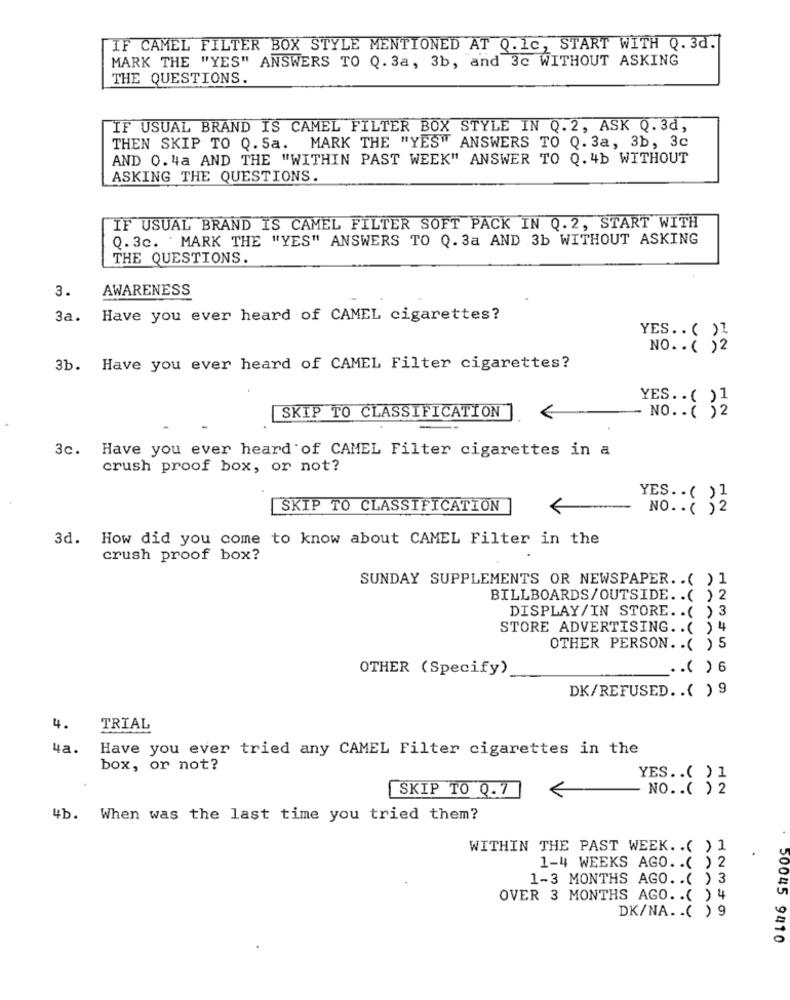
IF CAMEL FILTER BOX STYLE MENTIONED AT Q.1c, START WITH Q. 3d.
MARK THE "YES" ANSWERS TO Q. 3a, 3b, and 3c WITHOUT ASKING
THE QUESTIONS.
IF USUAL BRAND IS CAMEL FILTER BOX STYLE IN Q.2, ASK Q.3d,
THEN SKIP TO Q. Sa. MARK THE "YES" ANSWERS TO Q. 3a, 3b, 3c
AND 0.4a AND THE "WITHIN PAST WEEK" ANSWER TO Q. 4b WITHOUT
ASKING THE QUESTIONS.
IF USUAL BRAND IS CAMEL FILTER SOFT PACK IN Q.2, START WITH
Q.3c. ' MARK THE "YES" ANSWERS TO Q.3a AND 3b WITHOUT ASKING
THE QUESTIONS.
3.
AWARENESS
3a.
Have you ever heard of CAMEL cigarettes?
YES .. ( )
NO. . ( )2
3b.
Have you ever heard of CAMEL Filter cigarettes?
YES .. ( )1
SKIP TO CLASSIFICATION
NO. - ( )2
3c.
Have you ever heard of CAMEL Filter cigarettes in a
crush proof box, or not?
YES .. ( ) 1
SKIP TO CLASSIFICATION
NO. . ( ) 2
3d. How did you come to know about CAMEL Filter in the
crush proof box?
SUNDAY SUPPLEMENTS OR NEWSPAPER. . ( ) 1
BILLBOARDS/OUTSIDE. . ( ) 2
DISPLAY/IN STORE. . ( ) 3
STORE ADVERTISING .. ( ) 4
OTHER PERSON. . ( ) 5
OTHER (Specify)
.. ( ) 6
DK/REFUSED .. ( ) 9
4.
TRIAL
4a.
Have you ever tried any CAMEL Filter cigarettes in the
box, or not?
YES .. ( ) 1
SKIP TO Q.7
<
NO. . ( ) 2
4b. When was the last time you tried them?
WITHIN THE PAST WEEK. . ( ) 1
1-4 WEEKS AGO. . ( ) 2
1-3 MONTHS AGO. . ( ) 3
OVER 3 MONTHS AGO. . ( ) 4
DK/NA. . ( ) 9
50045 9410